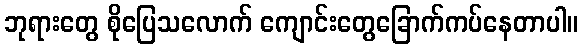
ဘုရားတွေ စိုပြေသလောက် ကျောင်းတွေခြောက်ကပ်နေတာပါ။